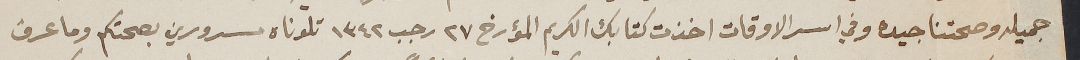
جميله وصحتنا جيده وفي اسر الاوقات اخذت كتابك الكريم المؤرخ ٢٧ رجب ١٣٤٢ تلوناه مسرورين بصحتكم وما عرف